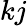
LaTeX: kj